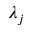
\lambda _ { j }